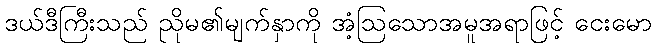
ဒယ်ဒီကြီးသည် ညိုမ၏မျက်နှာကို အံ့ဩသောအမူအရာဖြင့် ငေးမော